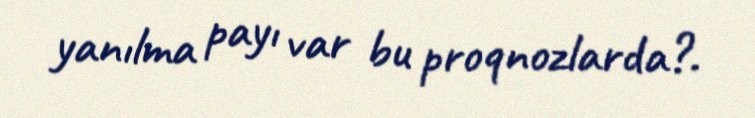
yanılma payı var bu proqnozlarda?.